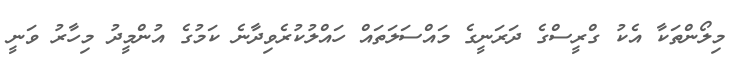
މިލޯންތަކާ އެކު ގްރީސްގެ ދަރަނީގެ މައްސަލަތައް ހައްލުކުރެވިދާނެ ކަމުގެ އުންމީދު މިހާރު ވަނީ